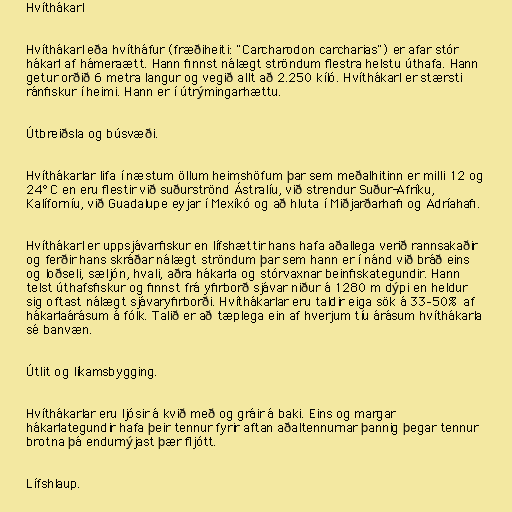
Hvíthákarl

Hvíthákarl eða hvítháfur (fræðiheiti: "Carcharodon carcharias") er afar stór
hákarl af hámeraætt. Hann finnst nálægt ströndum flestra helstu úthafa. Hann
getur orðið 6 metra langur og vegið allt að 2.250 kíló. Hvíthákarl er stærsti
ránfiskur í heimi. Hann er í útrýmingarhættu.

Útbreiðsla og búsvæði.

Hvíthákarlar lifa í næstum öllum heimshöfum þar sem meðalhitinn er milli 12 og
24° C en eru flestir við suðurströnd Ástralíu, við strendur Suður-Afríku,
Kalíforníu, við Guadalupe eyjar í Mexíkó og að hluta í Miðjarðarhafi og Adríahafi.

Hvíthákarl er uppsjávarfiskur en lífshættir hans hafa aðallega verið rannsakaðir
og ferðir hans skráðar nálægt ströndum þar sem hann er í nánd við bráð eins
og loðseli, sæljón, hvali, aðra hákarla og stórvaxnar beinfiskategundir. Hann
telst úthafsfiskur og finnst frá yfirborð sjávar niður á 1280 m dýpi en heldur
sig oftast nálægt sjávaryfirborði. Hvíthákarlar eru taldir eiga sök á 33–50% af
hákarlaárásum á fólk. Talið er að tæplega ein af hverjum tíu árásum hvíthákarla
sé banvæn.

Útlit og líkamsbygging.

Hvíthákarlar eru ljósir á kvið með og gráir á baki. Eins og margar
hákarlategundir hafa þeir tennur fyrir aftan aðaltennurnar þannig þegar tennur
brotna þá endurnýjast þær fljótt.

Lífshlaup.